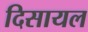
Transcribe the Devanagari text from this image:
दिसायल